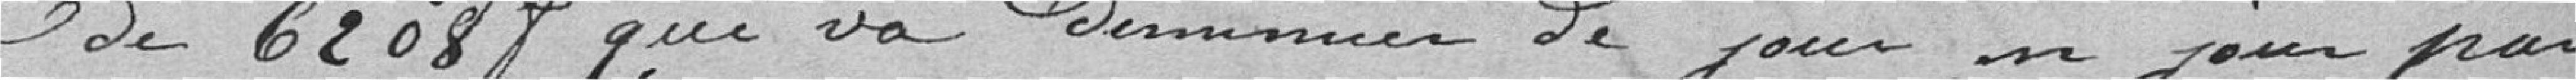
de 6208 francs qui va diminuer de jour en jour par